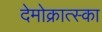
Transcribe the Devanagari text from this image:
देमोक्रात्स्का